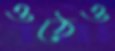
ওঠেও